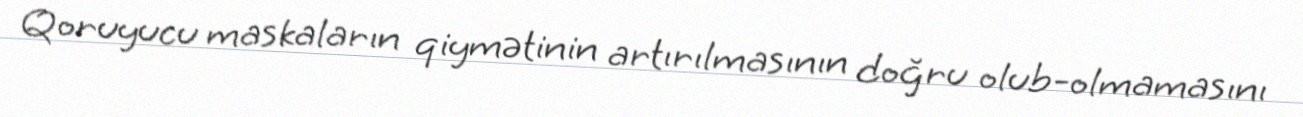
Qoruyucu maskaların qiymətinin artırılmasının doğru olub-olmamasını